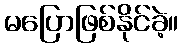
မပြောဖြစ်နိုင်ခဲ့။